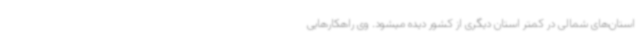
استان‌های شمالی در کمتر استان دیگری از کشور دیده میشود. وی راهکارهایی